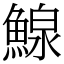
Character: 鰁